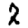
Digit: 2